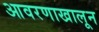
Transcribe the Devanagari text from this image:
आवरणाखालून